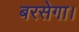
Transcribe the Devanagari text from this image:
बरसेगा।